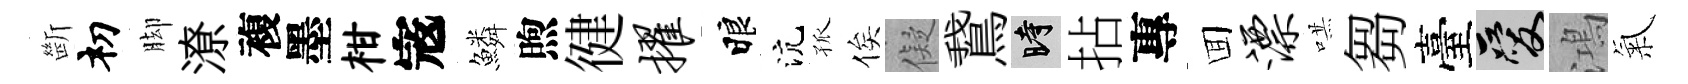
㫁𥘉脚潦複墨柑𡨥鱗煦徤擢睱沆孤俟儗鵞时拈專囬漂哄芻臺爱鴻氣